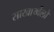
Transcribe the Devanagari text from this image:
साखार्थ्वेलो